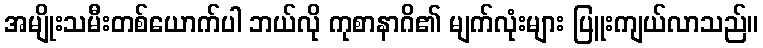
အမျိုးသမီးတစ်ယောက်ပါ ဘယ်လို ကုစာနာဂိ၏ မျက်လုံးများ ပြူးကျယ်လာသည်။